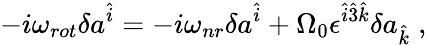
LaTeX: -i{\omega}_{rot}\delta a^{\hat{i}}=-i{\omega}_{nr}\delta a^{\hat{i}}+{\Omega}_{0}{\epsilon}^{\hat{i}\hat{3}\hat{k}}\delta a_{\hat{k}}\; ,